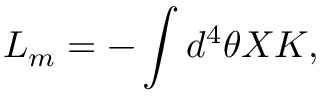
{ \cal L } _ { m } = - \int d ^ { 4 } \theta X K ,